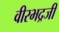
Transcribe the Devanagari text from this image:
वीरभद्रजी